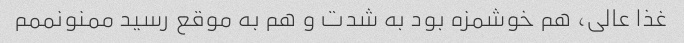
غذا عالی، هم خوشمزه بود به شدت و هم به موقع رسید ممنونممم